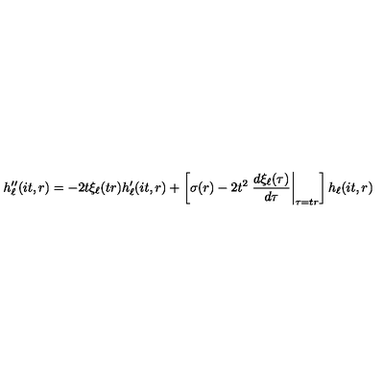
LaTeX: h _ { \ell } ^ { \prime \prime } ( i t , r ) = - 2 t \xi _ { \ell } ( t r ) h _ { \ell } ^ { \prime } ( i t , r ) + \left[ \sigma ( r ) - 2 t ^ { 2 } \left. \frac { d \xi _ { \ell } ( \tau ) } { d \tau } \right| _ { \tau = t r } \right] h _ { \ell } ( i t , r )